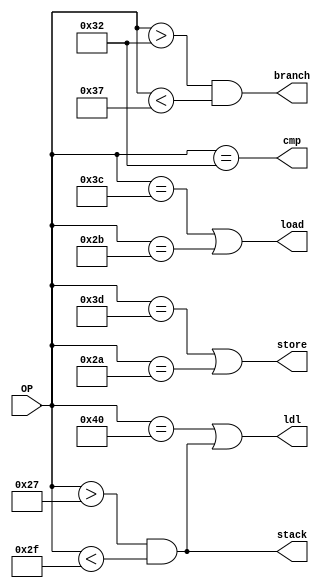
//This unit determines the category of operation requested of the Branch/Memory Unit.
module optyper(
	OP,
	load,
	store,
	branch,
	cmp,
	stack,
	ldl//,
	//call
	);

input [6:0] OP;
output load;
output store;
output branch;
output cmp;
output stack;
output ldl;

assign ldl=(OP==64)||stack;
assign stack=(OP>39)&&(OP<47);
assign branch=(OP>50)&&(OP<55);
assign load=(OP==60)||(OP==43);
assign store=(OP==61)||(OP==42);
assign cmp=(OP==50);

endmodule